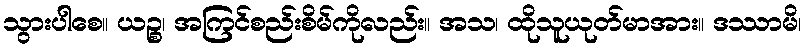
သွားပါစေ။ ယဉ္စ၊ အကြင်စည်းစိမ်ကိုလည်း။ အသ၊ ထိုသူယုတ်မာအား။ ဒဿာမိ၊